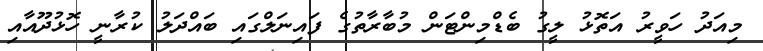
މިއަދު ހަވީރު އަތޮޅު ލީގު ބެޑްމިންޓަން މުބާރާތުގެ ފައިނަލްގައި ބައްދަލު ކުރާނީ ހޮޅުދޫއާއި